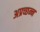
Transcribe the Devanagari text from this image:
अप्रच्छन्न